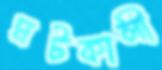
ঘটকালী